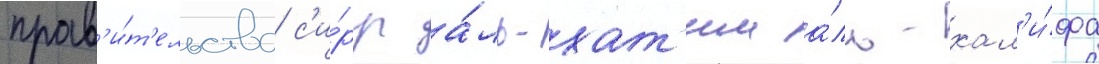
прав'и́т'ельства с'и́рр а́ль-хат'им а́ль-хал'и́фа